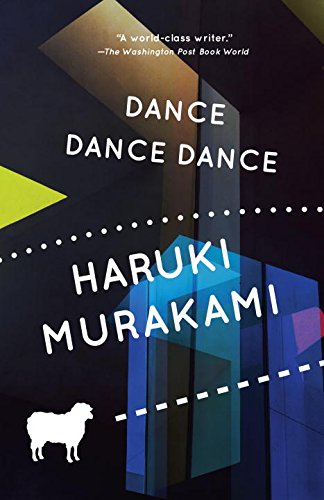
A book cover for Dance Dance Dance; Haruki Murakami; Mystery, Thriller & Suspense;